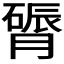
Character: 𬛔